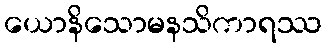
ယောနိသောမနသိကာရဿ